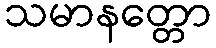
သမာနတ္တော